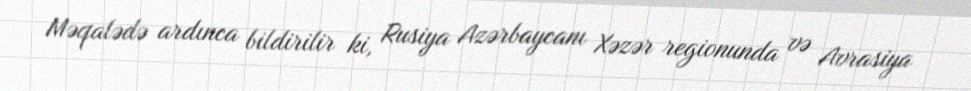
Məqalədə ardınca bildirilir ki, Rusiya Azərbaycanı Xəzər regionunda və Avrasiya